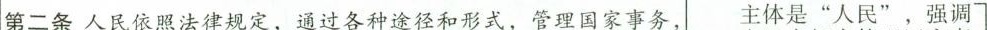
第二条人民依照法律规定，通过各种途径和形式，管理国家事务， 主体是”人民”，强调